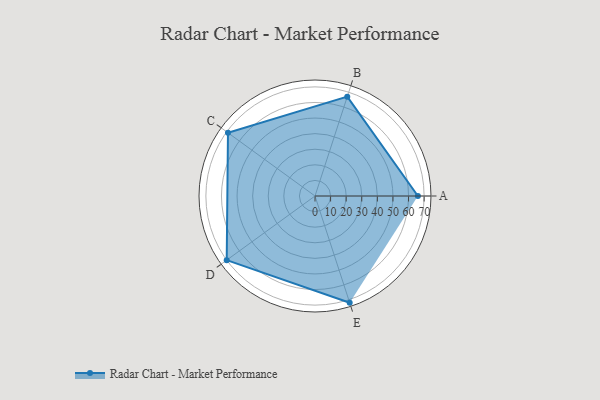
{"axis": {"x": "Skill", "y": "Score"}, "legend": ["Profile"], "data": [{"x": "A", "y": 66.0, "type": "Profile"}, {"x": "B", "y": 67.0, "type": "Profile"}, {"x": "C", "y": 69.0, "type": "Profile"}, {"x": "D", "y": 70.0, "type": "Profile"}, {"x": "E", "y": 72.0, "type": "Profile"}]}